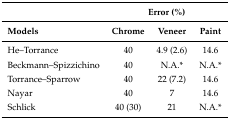
<table><thead><tr><td></td><td colspan="3"><b>Error (%)</b></td></tr><tr><td><b>Models</b></td><td><b>Chrome</b></td><td><b>Veneer</b></td><td><b>Paint</b></td></tr></thead><tbody><tr><td>He–Torrance</td><td>40</td><td>4.9 (2.6)</td><td>14.6</td></tr><tr><td>Beckmann–Spizzichino</td><td>40</td><td>N.A.*</td><td>N.A.*</td></tr><tr><td>Torrance–Sparrow</td><td>40</td><td>22 (7.2)</td><td>14.6</td></tr><tr><td>Nayar</td><td>40</td><td>7</td><td>14.6</td></tr><tr><td>Schlick</td><td>40 (30)</td><td>21</td><td>N.A.*</td></tr></tbody></table>